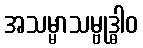
အသမ္မာသမ္ဗုဒ္ဓါဝ